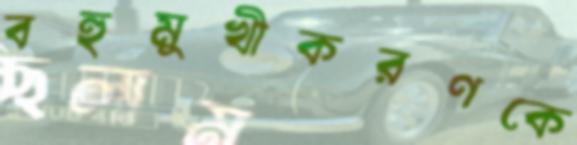
বহুমুখীকরণকে